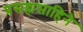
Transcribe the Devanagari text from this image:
प्रसह्यसाहिने